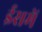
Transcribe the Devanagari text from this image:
ईसमें